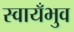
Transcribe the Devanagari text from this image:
स्वायँभुव